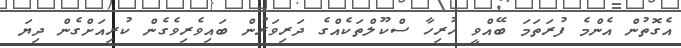
އެގޮތުން އެންމެ ފުރަތަމަ ބޭއްވީ ހުރިހާ ސްކޫލްތަކެއްގެ ދަރިވަރުން ބައިވެރިވެގެން ކުރިއަށްގެން ދިޔަ